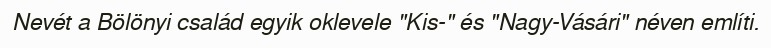
Nevét a Bölönyi család egyik oklevele "Kis-" és "Nagy-Vásári" néven említi.